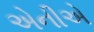
એનીએ